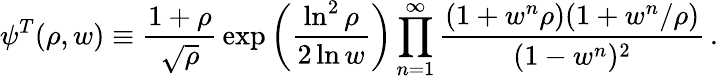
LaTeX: \psi^{T}(\rho,w)\equiv{\frac{1+\rho}{\sqrt\rho}}\exp\left({\frac{\ln^{2}\rho}{2\ln w}}\right)\prod_{n=1}^{\infty}{\frac{(1+w^{n}\rho)(1+w^{n}/\rho)}{(1-w^{n})^{2}}}\, .